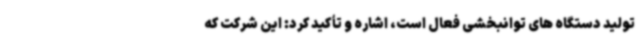
تولید دستگاه های توانبخشی فعال است، اشاره و تأکید کرد: این شرکت که